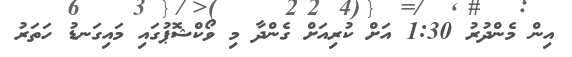
އިން މެންދުރު 1:30 އަށް ކުރިއަށް ގެންދާ މި ވޯކްޝޮޕުގައި މައިގަނޑު ހަތަރު